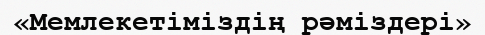
«Мемлекетіміздің рәміздері»